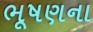
ભૂષણના